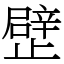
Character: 𣦢